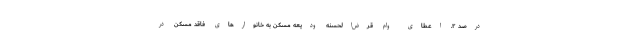
درصد ۲. اعطای وام قرض‌الحسنه ودیعه مسکن به خانوارهای فاقد مسکن در